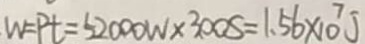
W = P t = 5 2 0 0 0 W \times 3 0 0 S = 1 . 5 6 \times 1 0 ^ { 7 } J